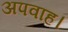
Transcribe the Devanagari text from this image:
अपवाह।